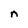
Character: n